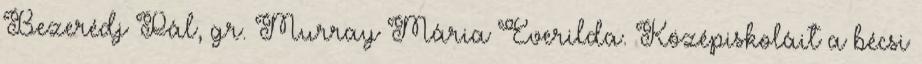
Bezerédj Pál, gr. Murray Mária Everilda. Középiskoláit a bécsi